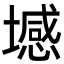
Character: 㙳